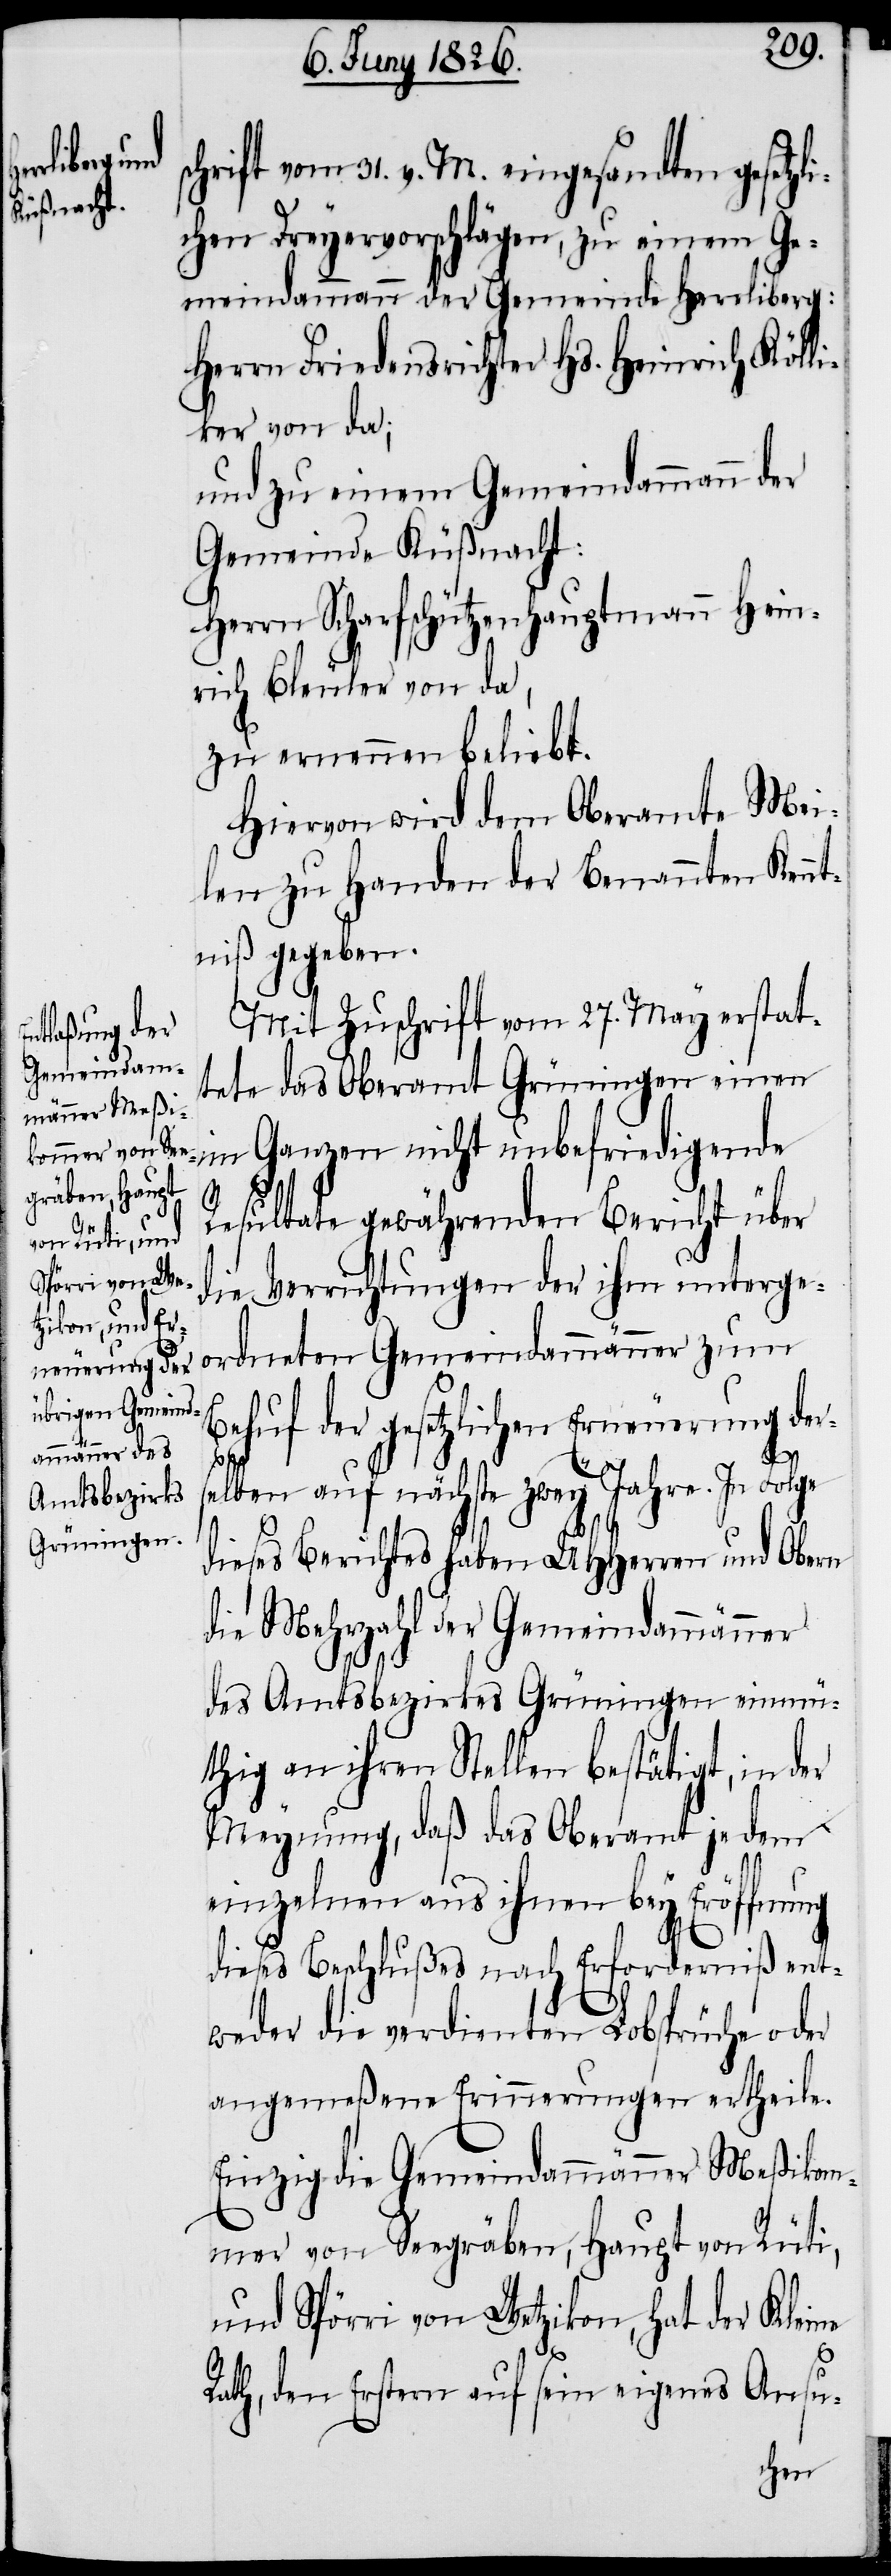
schrift vom 31. v. M. eingesandten gesetzli¬
chen Dreyervorschlägen, zu einem Ge¬
meindammann der Gemeinde Herrliberg:
Herrn Friedensrichter Hs. Heinrich Kölli¬
ker von da;
und zu einem Gemeindammann der
Gemeinde Küßnacht:
Herrn Scharfschützenhauptmann Hein¬
rich Bleuler von da,
zu ernennen beliebt.
Hiervon wird dem Oberamte Mei¬
len zu Handen der Benannten Kennt¬
niß gegeben.
Mit Zuschrift vom 27. May erstat¬
tete das Oberamt Grüningen einen
im Ganzen nicht unbefriedigende
r¬
Resultate gewährenden Bericht über
die Verrichtungen der ihm unterge¬
ordneten Gemeindammänner zum
Behuf der gesetzlichen Erneuerung de¬
selben auf nächste zwey Jahre. In Folge
dieses Berichtes haben UHHerren und Obern
die Mehrzahl der Gemeindammänner
des Amtsbezirkes Grüningen einmü¬
thig an ihren Stellen bestätigt, in
Meynung, daß das Oberamt jedem
einzelnen aus ihnen bey Eröffnung
dieses Beschlußes nach Erforderniß ent¬
weder die verdienten Lobsprüche oder
angemeßene Erinnerungen ertheile.
Einzig die Gemeindammänner Meßikom¬
mer von Seegräben, Haupt von Rüti,
und Spörri von Wetzikon, hat der Kleine
Rath, den Erstern auf sein eigenes Ansu-